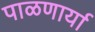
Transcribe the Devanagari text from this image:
पाळणार्या